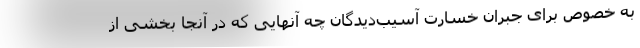
به خصوص برای جبران خسارت آسیب‌دیدگان چه آنهایی که در آنجا بخشی از